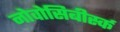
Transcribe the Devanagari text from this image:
नोवोसिबीर्स्क